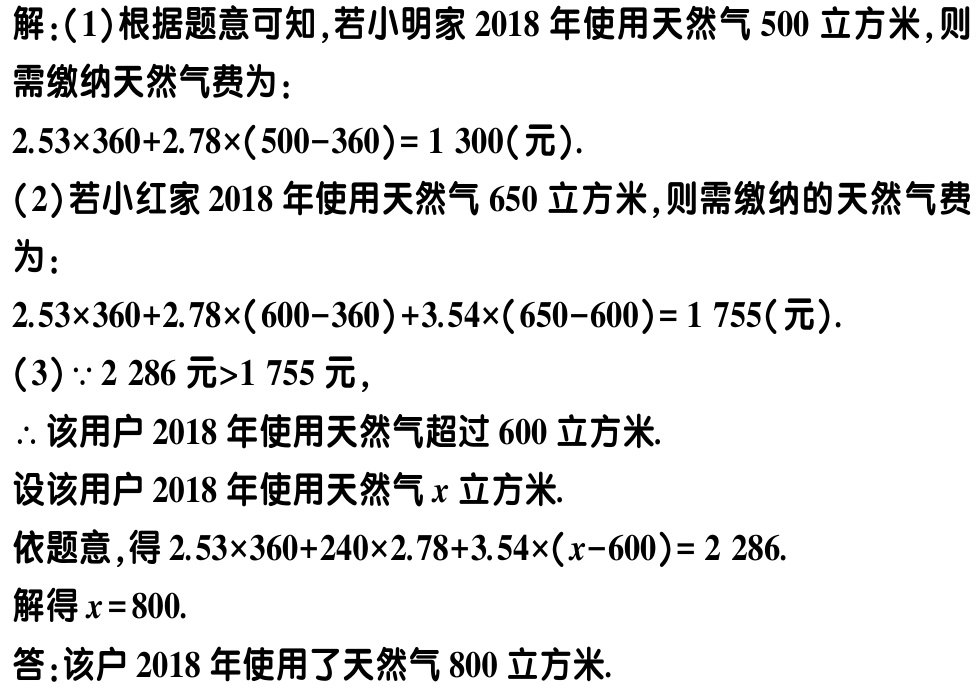
解：(1)根据题意可知,若小明家2018年使用天然气500立方米,则

需缴纳天然气费为：

\(2.53\times360 + 2.78\times(500 - 360)=1300(\text{元})\).

(2)若小红家2018年使用天然气650立方米,则需缴纳的天然气费

为：

\(2.53\times360+2.78\times(600 - 360)+3.54\times(650 - 600)=1755(\text{元})\).

(3)\(\because2286\text{ 元}>1755\text{ 元}\),

\(\therefore\)该用户2018年使用天然气超过600立方米.

设该用户2018年使用天然气\(x\)立方米.

依题意,得\(2.53\times360 + 240\times2.78+3.54\times(x - 600)=2286\).

解得\(x = 800\).

答：该户2018年使用了天然气800立方米.